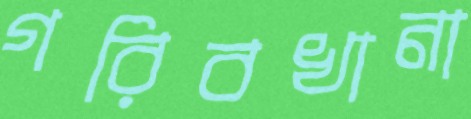
গরিবখানা